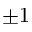
\pm 1